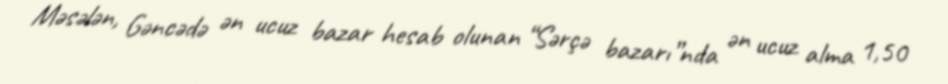
Məsələn, Gəncədə ən ucuz bazar hesab olunan “Sərçə bazarı”nda ən ucuz alma 1,50